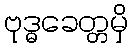
ဗုဒ္ဓခေတ္တမှိ